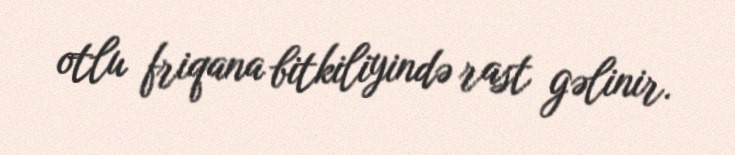
otlu friqana bitkiliyində rast gəlinir.